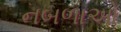
નબળાઓ